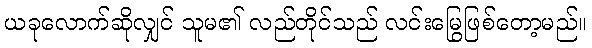
ယခုလောက်ဆိုလျှင် သူမ၏ လည်တိုင်သည် လင်းမြွေဖြစ်တော့မည်။